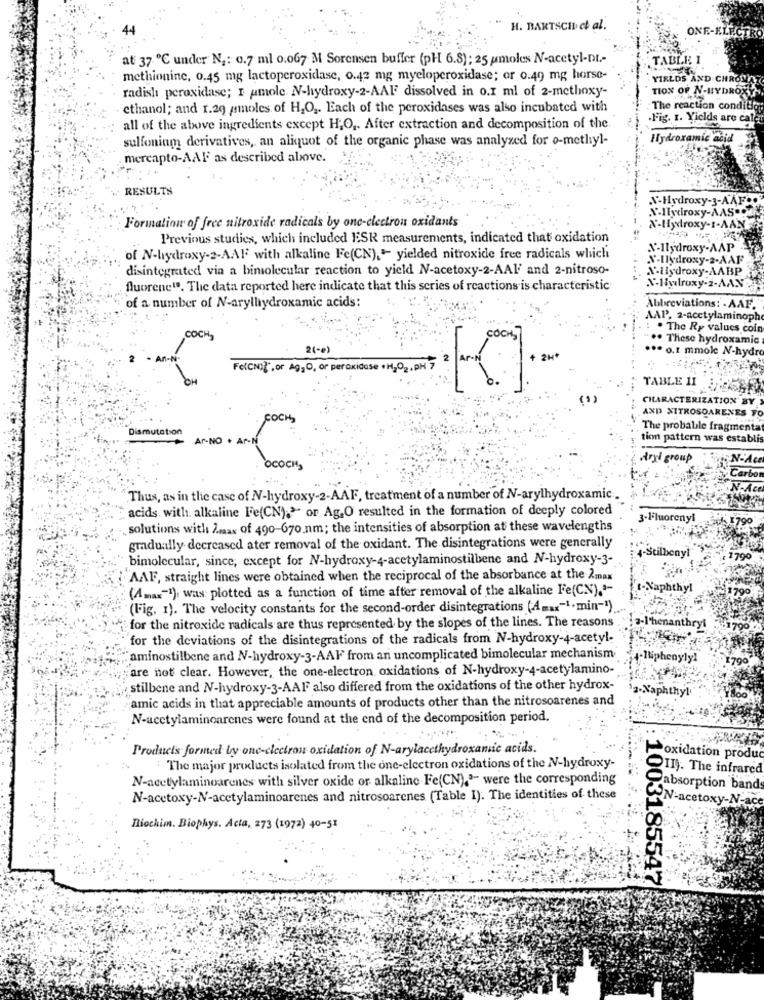
H. BARTSCH et al.
ONE-ELECT
at 37 ℃ under N ,: 0.7 ml 0.067 M Sorensen buffer (pH 6.8); 25 moles N-acetyl-DI-
TABLE 1
methionine, 0.45 mg lactoperoxidase, 0.42 mg myeloperoxidase; or 0.49 mg horse-
YIELDS AND CHRON
radish peroxidase; I amole N-hydroxy-2-AAF dissolved in o.I ml of 2-methoxy-
TION OF N-HYDROX
ethanol; and 1.29 pmoles of H2O2. Each of the peroxidases was also incubated with
The reaction condit
.Fig. 1. Yields are cale
all of the above ingredients except H,O ,. After extraction and decomposition of the.
sulfoniam derivatives, an aliquot of the organic phase was analyzed for o-methyl-
Hydroxamic acid
mercapto-AAF as described above.
RESULTS
N-Hydroxy-3-AAFDo
X-Hydroxy-AAS-OG
Formation of free nitroxide radicals by one-electron oxidants
N'-Hydroxy-1-AAN
Previous studies, which included ESR measurements, indicated that oxidation
N-Hydroxy-AAP
of N-hydroxy-2-AAF with alkaline Fe(CN),"- yielded nitroxide free radicals which
N-Hydroxy-2-XAF
disintegrated via a bimolecular reaction to yield N-acetoxy-2-AAI and 2-nitroso-
X-Hydroxy-AABP
fluorene". The data reported here indicate that this series of reactions is characteristic
X-Hydroxy-2-AAN
of a number of N-arylhydroxamic acids:
Abbreviations: - AAF.
AAP. 2-acetylaminoph
: . The Ry values coin
COCH,
.. These hydroxamic
24-e)
... o.r mmole N-hydro
Fe(CN){, or Ag,O, or peroxidase + H2O2, PH 7
TABLE 11
CHARACTERIZATION BY
AND NITROSOARENES FO
Dismutation
The probable fragmenta
Ar-NO .
tion pattern was establi
Argi group
N'A
OCOCH
Thus, as in the case of N-hydroxy-2-AAF, treatment of a number of N-arylhydroxamic .
acids with alkaline Fe(CN);> or Ag,O resulted in the formation of deeply colored
3-Fluorenyi
1 790
solutions with Amax of 490-670.nm; the intensities of absorption at these wavelengths
gradually decreased ater removal of the oxidant. The disintegrations were generally
4-Stilbeny
bimolecular, since, except for N-hydroxy-4-acetylaminostilbene and N-hydroxy-3-
1790
AAF, straight lines were obtained when the reciprocal of the absorbance at the 2max
(Amax-1): was: plotted as a function of time after removal of the alkaline Fe(CN).'-
(Fig, 1). The velocity constants for the second-order disintegrations (4max-1.min-1)
enanthryi
for the nitroxide radicals are thus represented by the slopes of the lines. The reasons
for the deviations of the disintegrations of the radicals from N-hydroxy-4-acetyl-
aminostilbene and N-hydroxy-3-AAF from an uncomplicated bimolecular mechanism
henylyl
are not clear. However, the one-electron oxidations of N-hydroxy-4-acetylamino-
stilbene and N-hydroxy-3-AAFF also differed from the oxidations of the other hydrox-
amic acids in that appreciable amounts of products other than the nitrosoarenes and
N-acetylaminoarenes were found at the end of the decomposition period.
Products formed by one-clectron oxidation of N-arylacethydroxamic acids.
oxidation produc
:The major products isolated from the one-electron oxidations of the N-hydroxy-
II). The infrared
N-acetylaminoarenes with silver oxide or alkaline Fe(CN)," were the corresponding
absorption band
N-acetoxy-N-acetylaminoarenes and nitrosoarenes (Table I). The identities of these
N-acetoxy-N-ace
Biochim. Biophys. Acta, 273 (1972) 40-51
: 1003185547